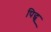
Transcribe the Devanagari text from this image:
पिद्धू